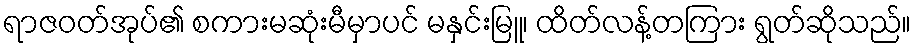
ရာဇဝတ်အုပ်၏ စကားမဆုံးမီမှာပင် မနှင်းမြူ၊ ထိတ်လန့်တကြား ရွတ်ဆိုသည်။